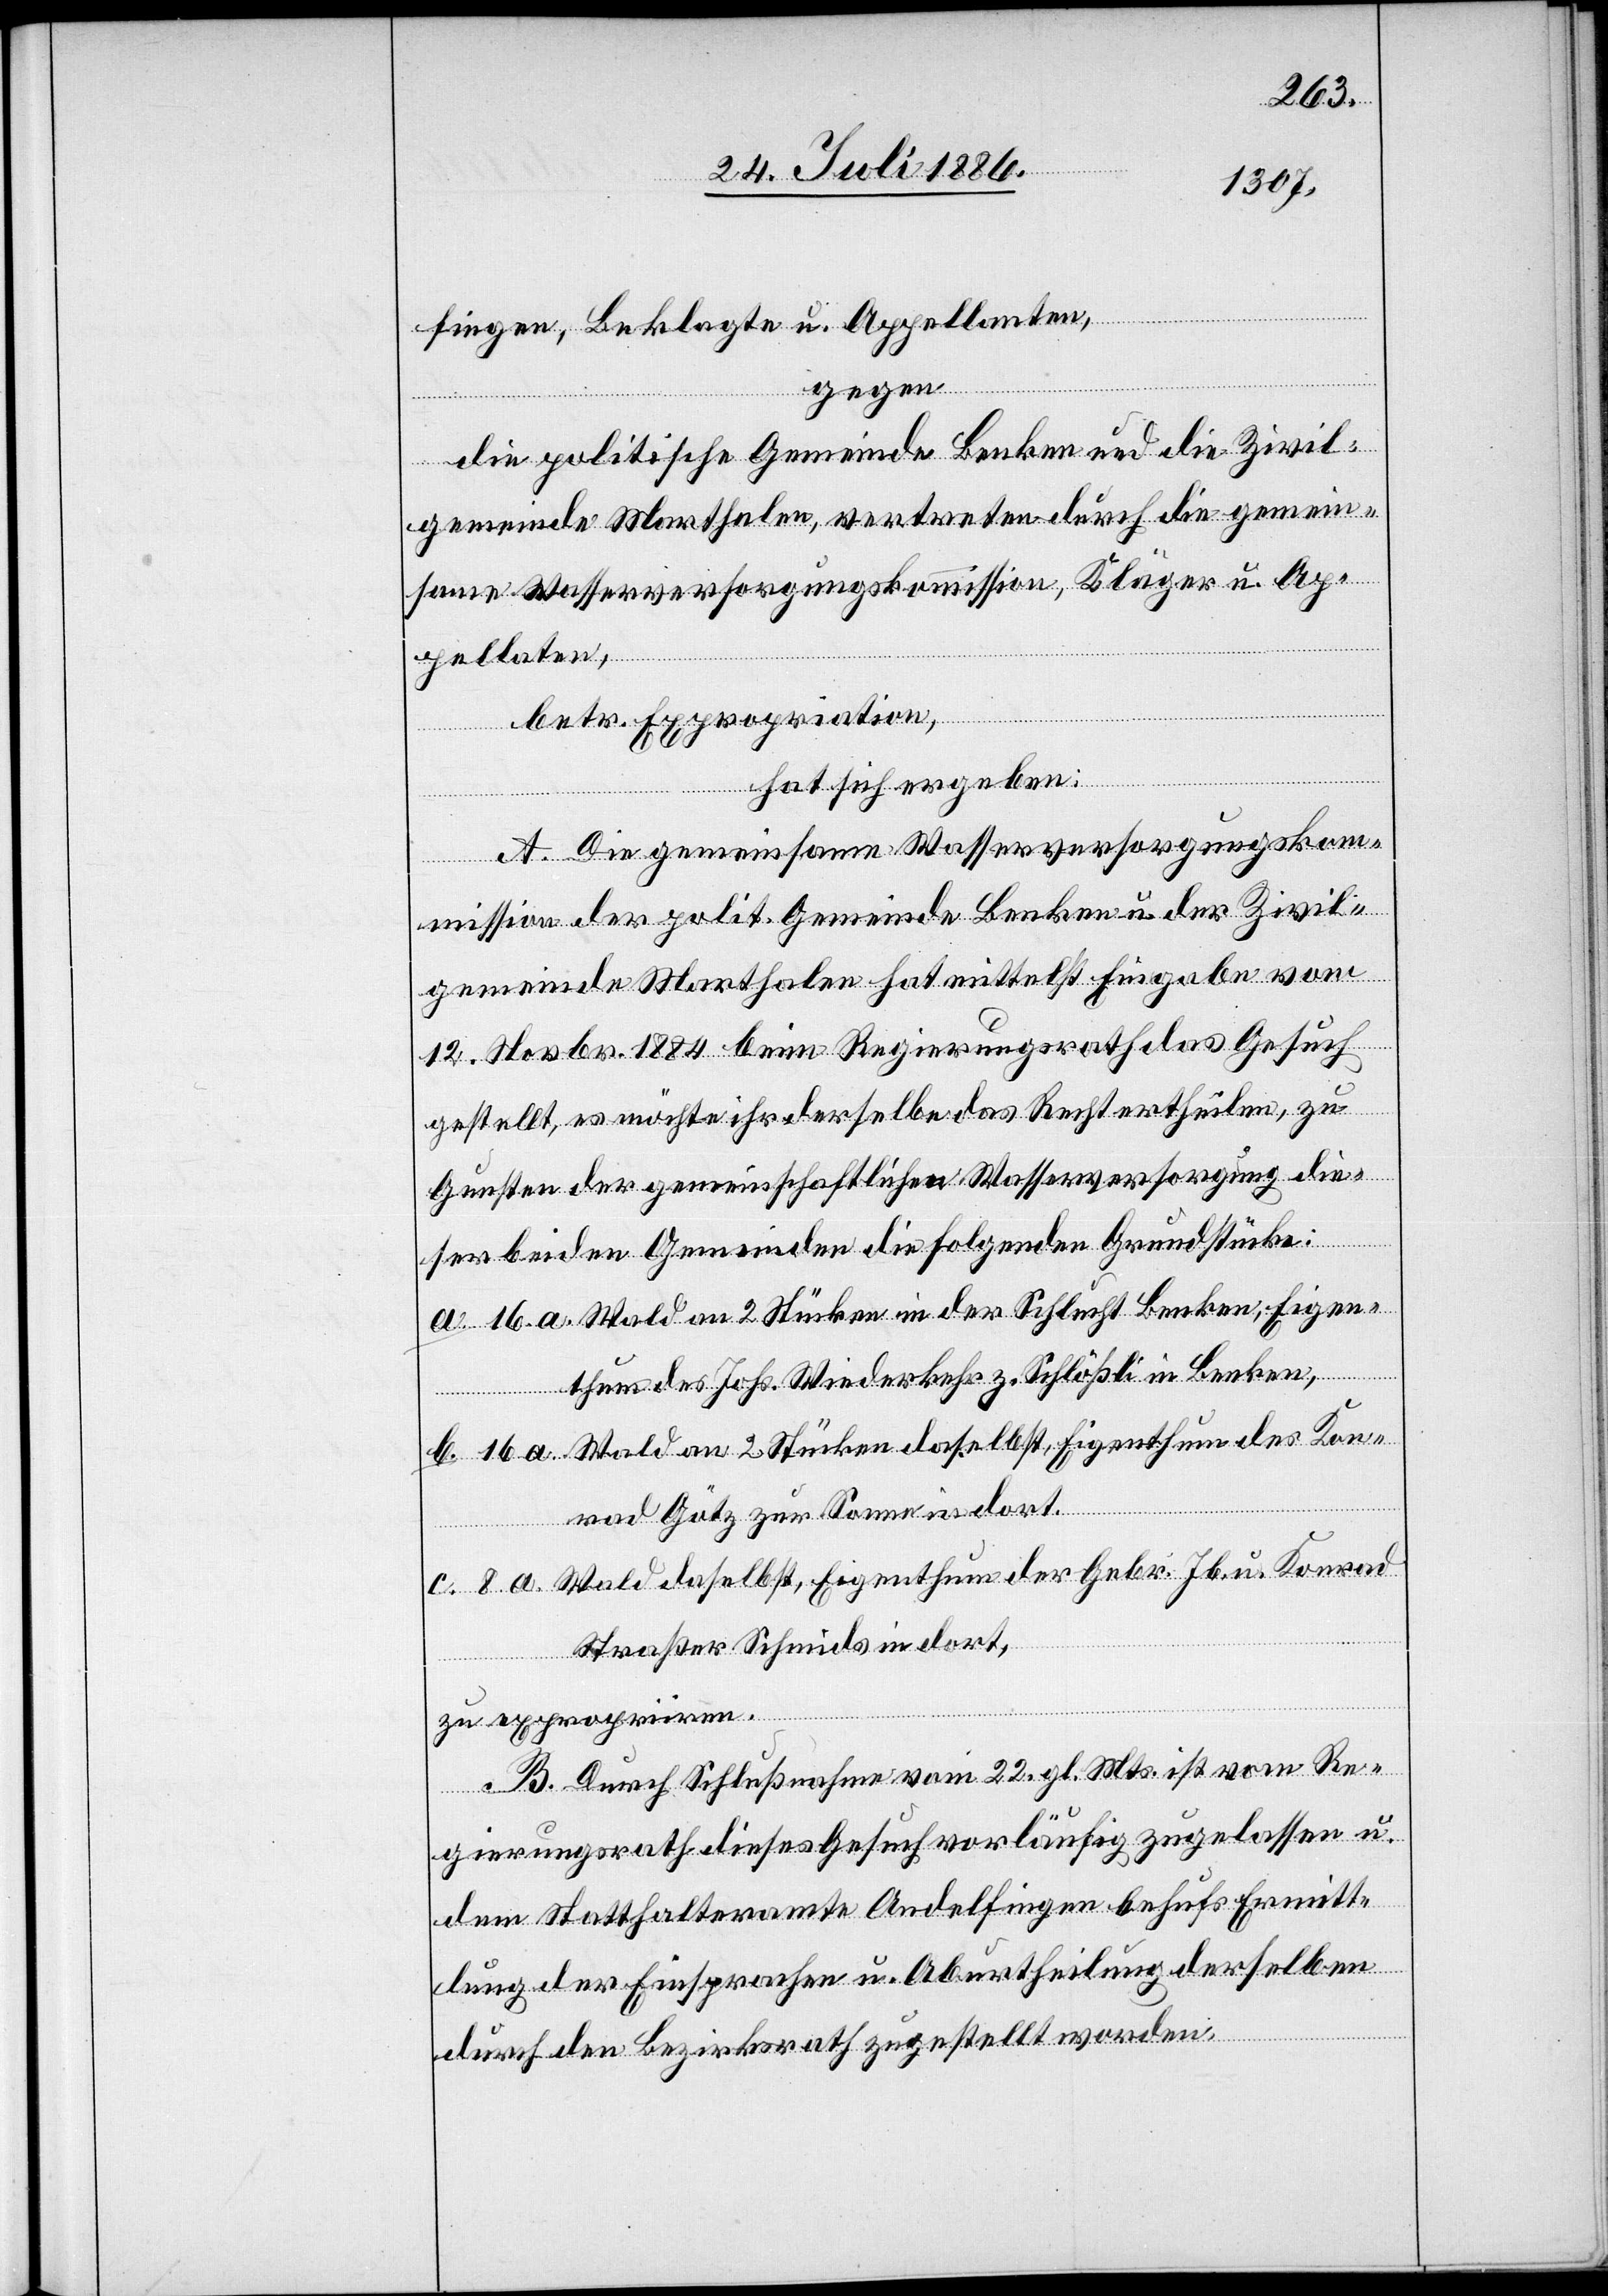
fingen, Beklagte u. Appellanten,
gegen
die politische Gemeinde Benken und die Zivil¬
gemeinde Marthalen, vertreten durch die gemein¬
same Wasserversorgungskommission, Kläger z. Ap¬
pellaten,
betr. Expropriation,
hat sich ergeben:
A. Die gemeinsame Wasserversorgungskom¬
mission der polit. Gemeinde Benken und der Zivil¬
gemeinde Marthalen hat mittelst Eingabe vom
12. Novbr. 1884 beim Regierungsrath das Gesuch
gestellt, es möchte ihr derselbe das Recht ertheilten, zu
Gunsten der gemeinschaftlichen Wasserversorgung die¬
ser beiden Gemeinden die folgenden Grundstücke:
a. 16. a. Wald an 2 Stücken in der Schlucht Benken, Eigen¬
thum des Johs. Wiederkehr z. Schlößli in Benken,
b. 16 a. Wald an 2 Stücken daselbst, Eigenthum des Kon¬
rad Götz zur Sonne in dort.
c. 8 a. Wald daselbst, Eigenthum der Gebr. Ib. u. Konrad
Straßer Schmids in dort.
zu expropriiren.
B. Durch Schlußnahme vom 22. gl. Mts. ist vom Re¬
gierungsrath dieses Gesuch vorläufig zugelassen u.
dem Statthalteramte Andelfingen behufs Ermitt¬
lung der Einsprachen u. Aburtheilung derselben
durch den Bezirksrath zugestellt worden.